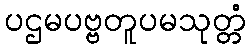
ပဌမပဗ္ဗတူပမသုတ္တံ